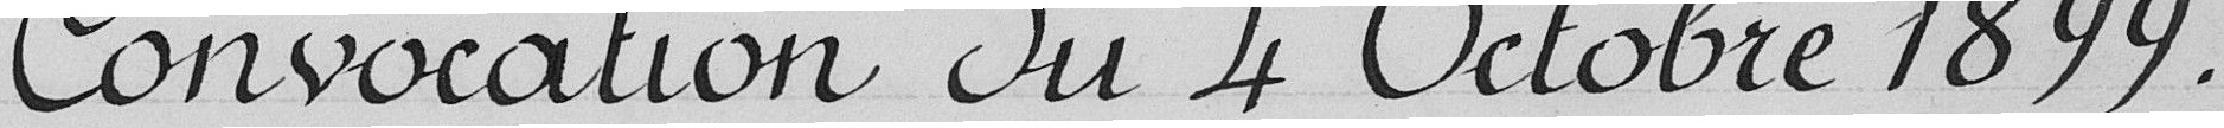
Convocation du 4 Octobre 1899.